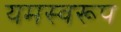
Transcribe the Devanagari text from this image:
यमस्वरूप